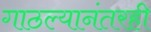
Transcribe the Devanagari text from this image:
गाठल्यानंतरही